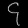
Digit: ၄